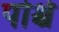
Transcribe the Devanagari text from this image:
पोर्श्च